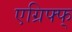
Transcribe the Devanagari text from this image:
एग्रिफ्फ्